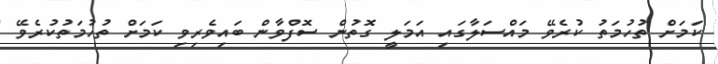
ކަމަށް ތުހުމަތު ކުރެވޭ މައްސަލާގައި އަމަލީ ގޮތުން ސޮފްވާން ބައިވެރިވި ކަމަށް ތުހުމަތުކުރެވޭ